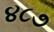
૪૮૭